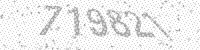
Solution: 719821